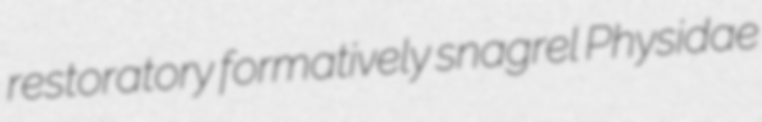
restoratory formatively snagrel Physidae